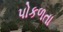
પોકળતા